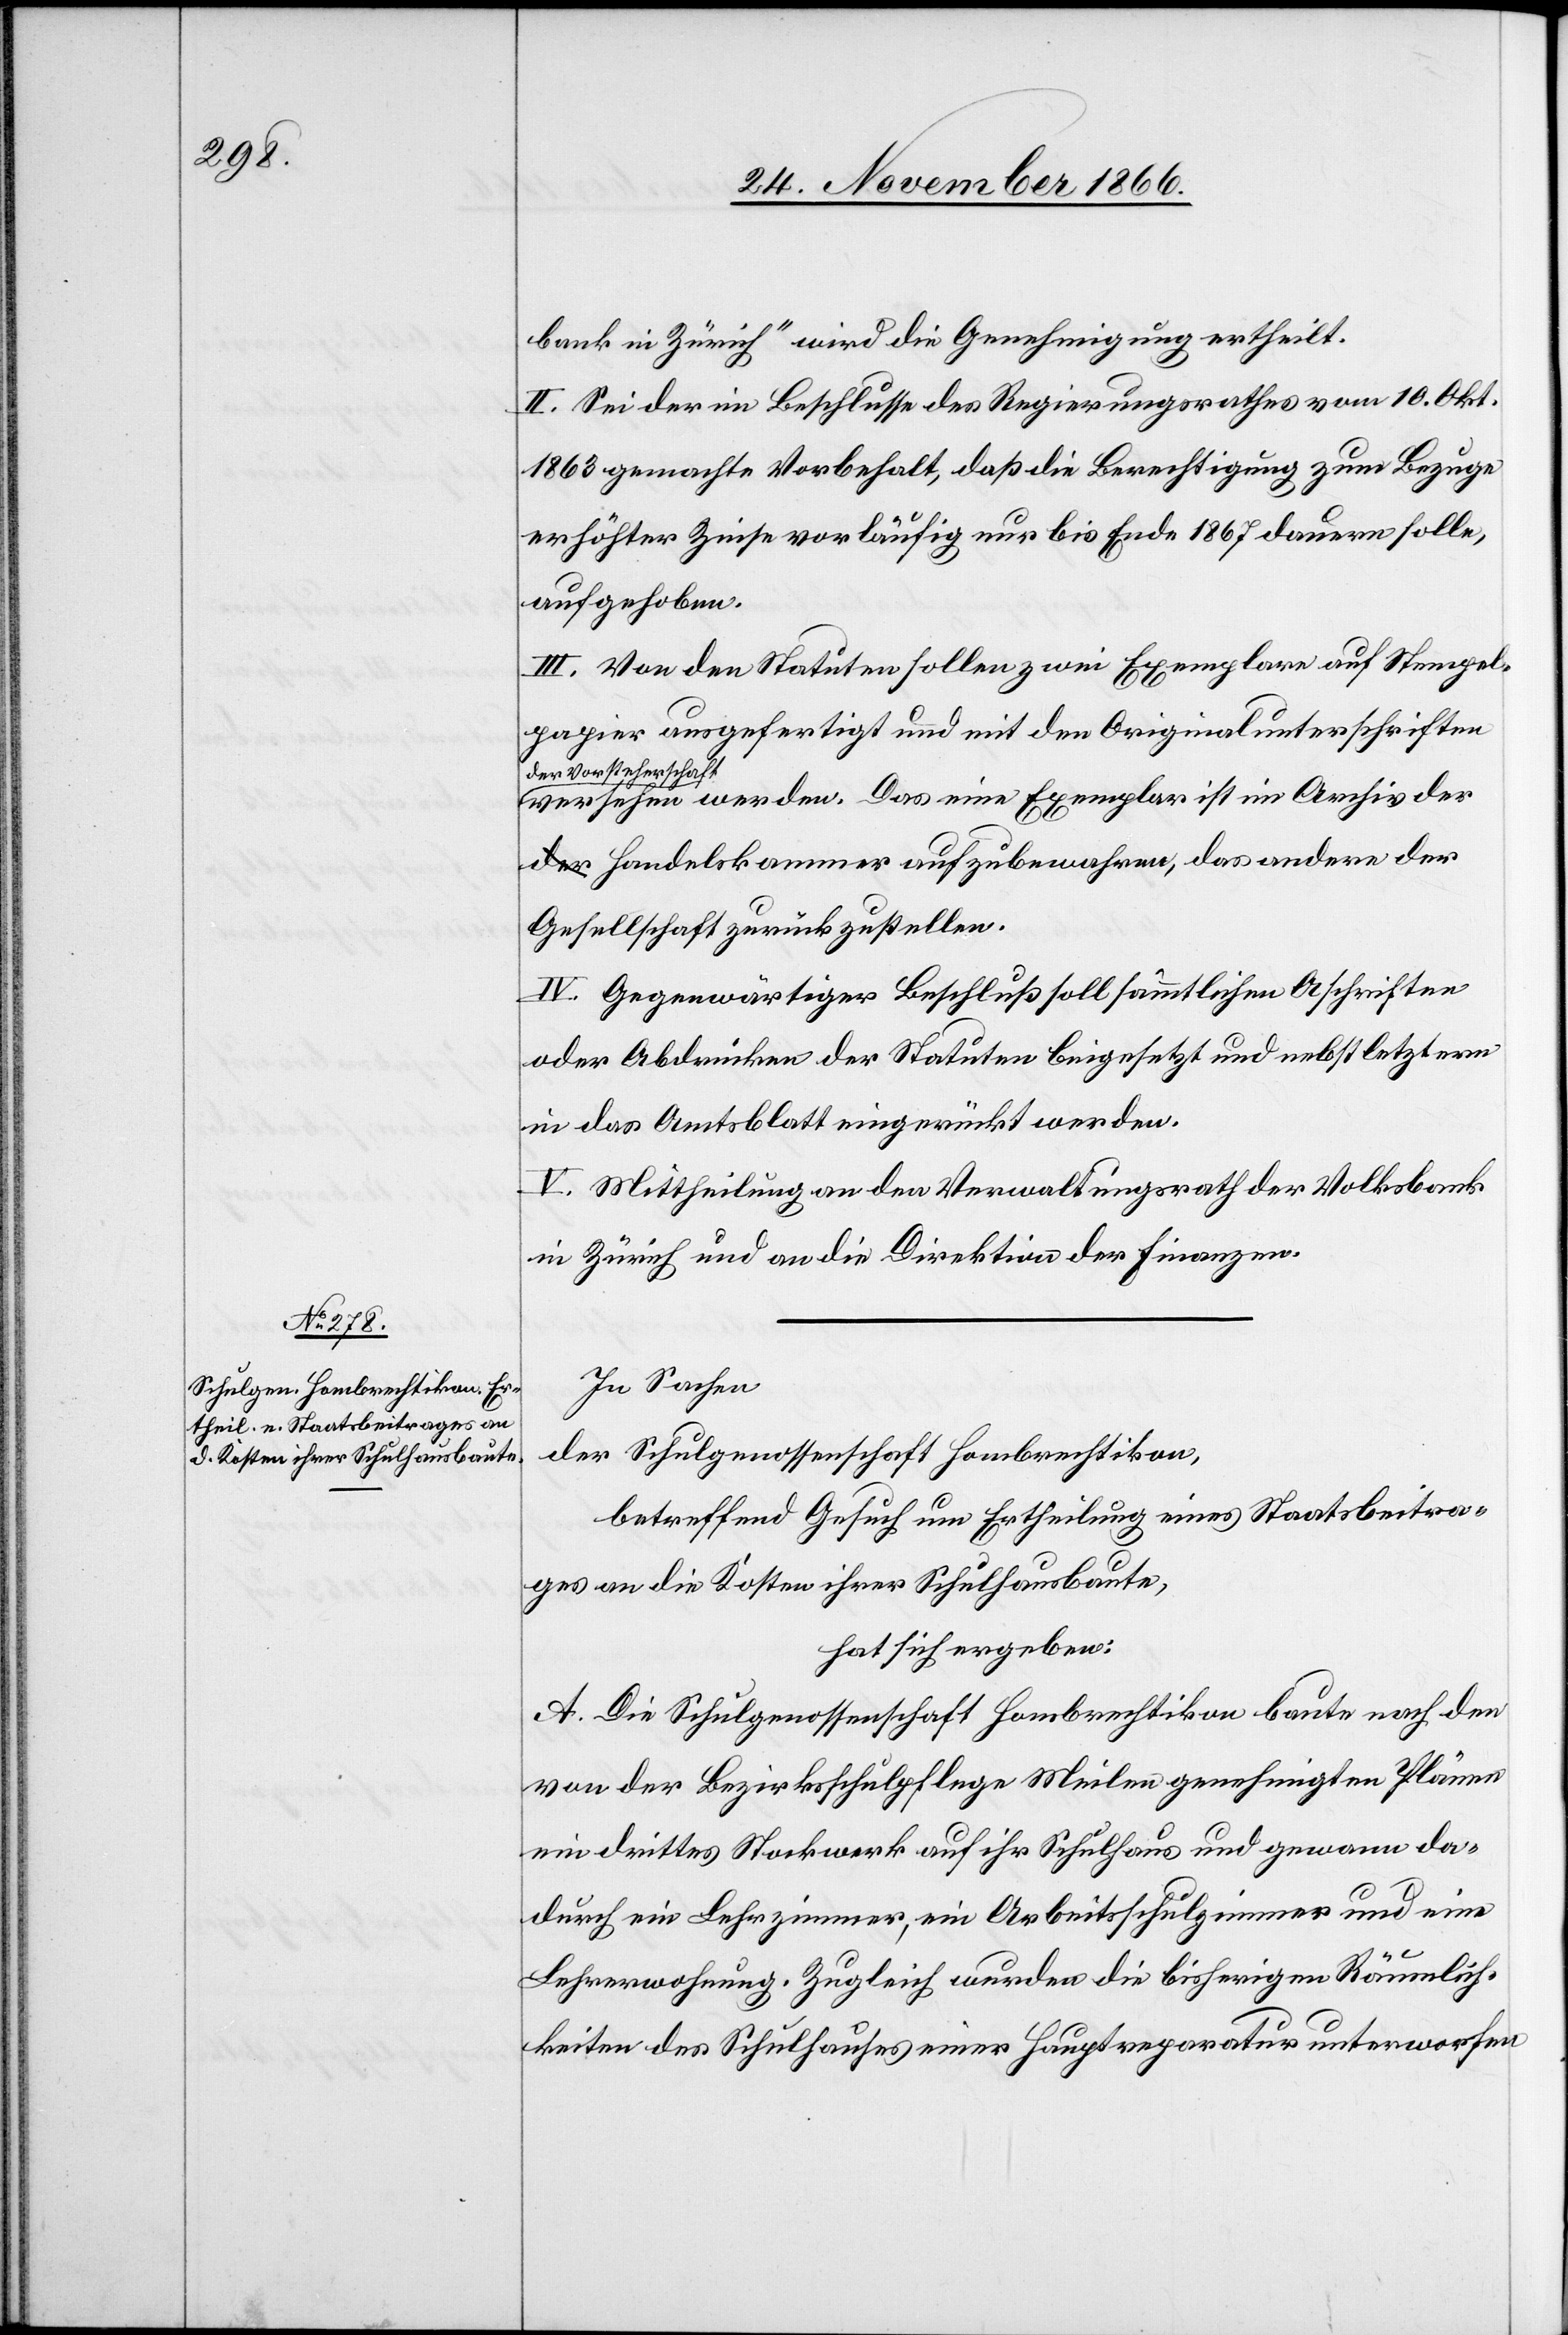
bank in Zürich“ wird die Genehmigung ertheilt.
II. Sei der im Beschlusse des Regierungsrathes vom 10. Okt.
1863 gemachte Vorbehalt, daß die Berechtigung zum Bezuge
erhöhter Zinse vorläufig nur bis Ende 1867 dauern solle,
aufgehoben.
III. Von den Statuten sollen zwei Exemplare auf Stempel¬
papier ausgefertigt und mit den Originalunterschriften
chaft
der Vorstehers¬
versehen werden. Das eine Exemplar ist im Archiv
der Handelskammer aufzubewahren, das andere der
Gesellschaft zurückzustellen.
IV. Gegenwärtiger Beschluß soll sämmtlichen A[b]schriften
oder Abdrücken der Statuten beigesetzt und nebst letztern
in das Amtsblatt eingerückt werden.
V. Mittheilung an den Verwaltungsrath der Volksbank
in Zürich und an die Direktion der Finanzen.
In Sachen
der Schulgenossenschaft Hombrechtikon,
betreffend Gesuch um Ertheilung eines Staatsbeitra¬
ges an die Kosten ihrer Schulhausbaute,
hat sich ergeben:
A. Die Schulgenossenschaft Hombrechtikon baute nach den
von der Bezirksschulpflege Meilen genehmigten Plänen
ein drittes Stockwerk auf ihr Schulhaus und gewann da¬
durch ein Lehrzimmer, ein Arbeitsschulzimmer und eine
Lehrerwohnung. Zugleich wurden die bisherigen Räumlich¬
keiten des Schulhauses einer Hauptreparatur unterworfen